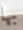
بها